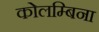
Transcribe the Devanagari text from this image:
कोलम्बिना